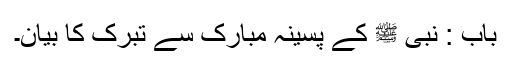
باب : نبی ﷺ کے پسینہ مبارک سے تبرک کا بیان۔